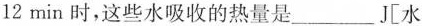
12min时，这些水吸收的热量是___J[水